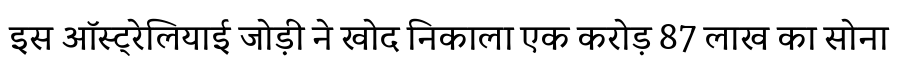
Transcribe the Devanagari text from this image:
इस ऑस्ट्रेलियाई जोड़ी ने खोद निकाला एक करोड़ 87 लाख का सोना